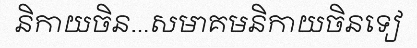
និកាយចិន...សមាគមនិកាយចិនទៀ